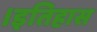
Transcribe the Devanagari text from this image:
।इतिहास